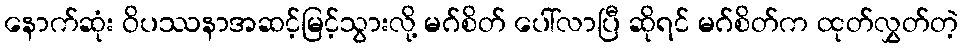
နောက်ဆုံး ဝိပဿနာအဆင့်မြင့်သွားလို့ မဂ်စိတ် ပေါ်လာပြီ ဆိုရင် မဂ်စိတ်က ထုတ်လွှတ်တဲ့